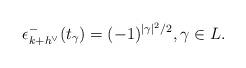
LaTeX: \begin{align*}\epsilon^-_{k+h^\vee} (t_{\gamma}) = (-1)^{|\gamma|^2/2}, \gamma \in L.\end{align*}